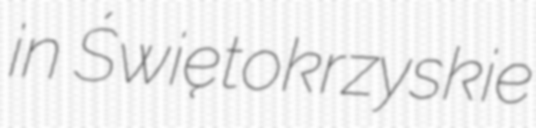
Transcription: in Świętokrzyskie